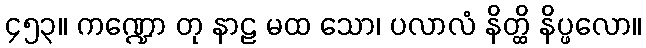
၄၅၃။ ကဏ္ဍော တု နာဠ မထ သော၊ ပလာလံ နိတ္ထိ နိပ္ဖလော။